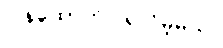
ပြန်ထောက်ပြရလိမ့်မယ်။